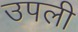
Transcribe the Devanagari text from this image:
उपली